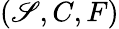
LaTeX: (\mathscr{S},C,F)